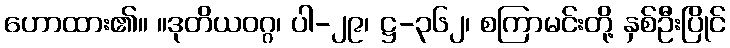
ဟောထား၏။ ။ဒုတိယဝဂ္ဂ၊ ပါ-၂၉၊ ဋ္ဌ-၃၆၂၊ စကြာမင်းတို့ နှစ်ဦးပြိုင်